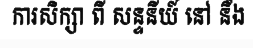
ការសិក្សា ពី សន្ទនីយ៍ នៅ នឹង